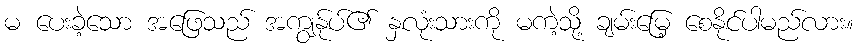
မ ပေးခဲ့သော အဖြေသည် အကျွန်ုပ်၏ နှလုံးသားကို မကဲ့သို့ ချမ်းမြေ့ စေနိုင်ပါမည်လား။